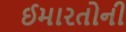
ઈમારતોની